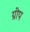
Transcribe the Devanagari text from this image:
ग्रीप